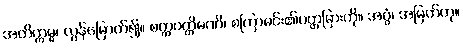
အတိက္ကမ္မ၊ လွန်မြောက်၍။ စက္ကဝတ္တိမဏိ၊ စကြာမင်း၏ပတ္တမြားကို။ အဂ္ဂံ၊ အမြတ်ဟု။